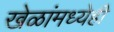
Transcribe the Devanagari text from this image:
खेळांमध्येही